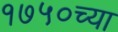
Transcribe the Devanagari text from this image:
१७५०च्या